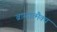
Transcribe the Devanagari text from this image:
ब्राम्हात्मैक्य